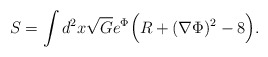
\begin{align*}S=\int d^2x \sqrt{G} e^{\Phi}\Bigl(R+(\nabla\Phi)^2-8\Bigr).\end{align*}